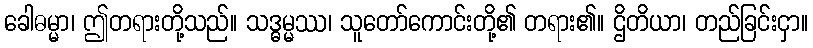
ခေါဓမ္မာ၊ ဤတရားတို့သည်။ သဒ္ဓမ္မဿ၊ သူတော်ကောင်းတို့၏ တရား၏။ ဌိတိယာ၊ တည်ခြင်းငှာ။